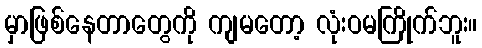
မှာဖြစ်နေတာတွေကို ကျမတော့ လုံးဝမကြိုက်ဘူး။